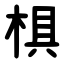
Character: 椇